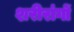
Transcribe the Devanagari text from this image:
शरीरांगों